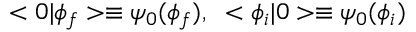
< 0 | \phi _ { f } > \equiv \psi _ { 0 } ( \phi _ { f } ) , \; \; < \phi _ { i } | 0 > \equiv \psi _ { 0 } ( \phi _ { i } )